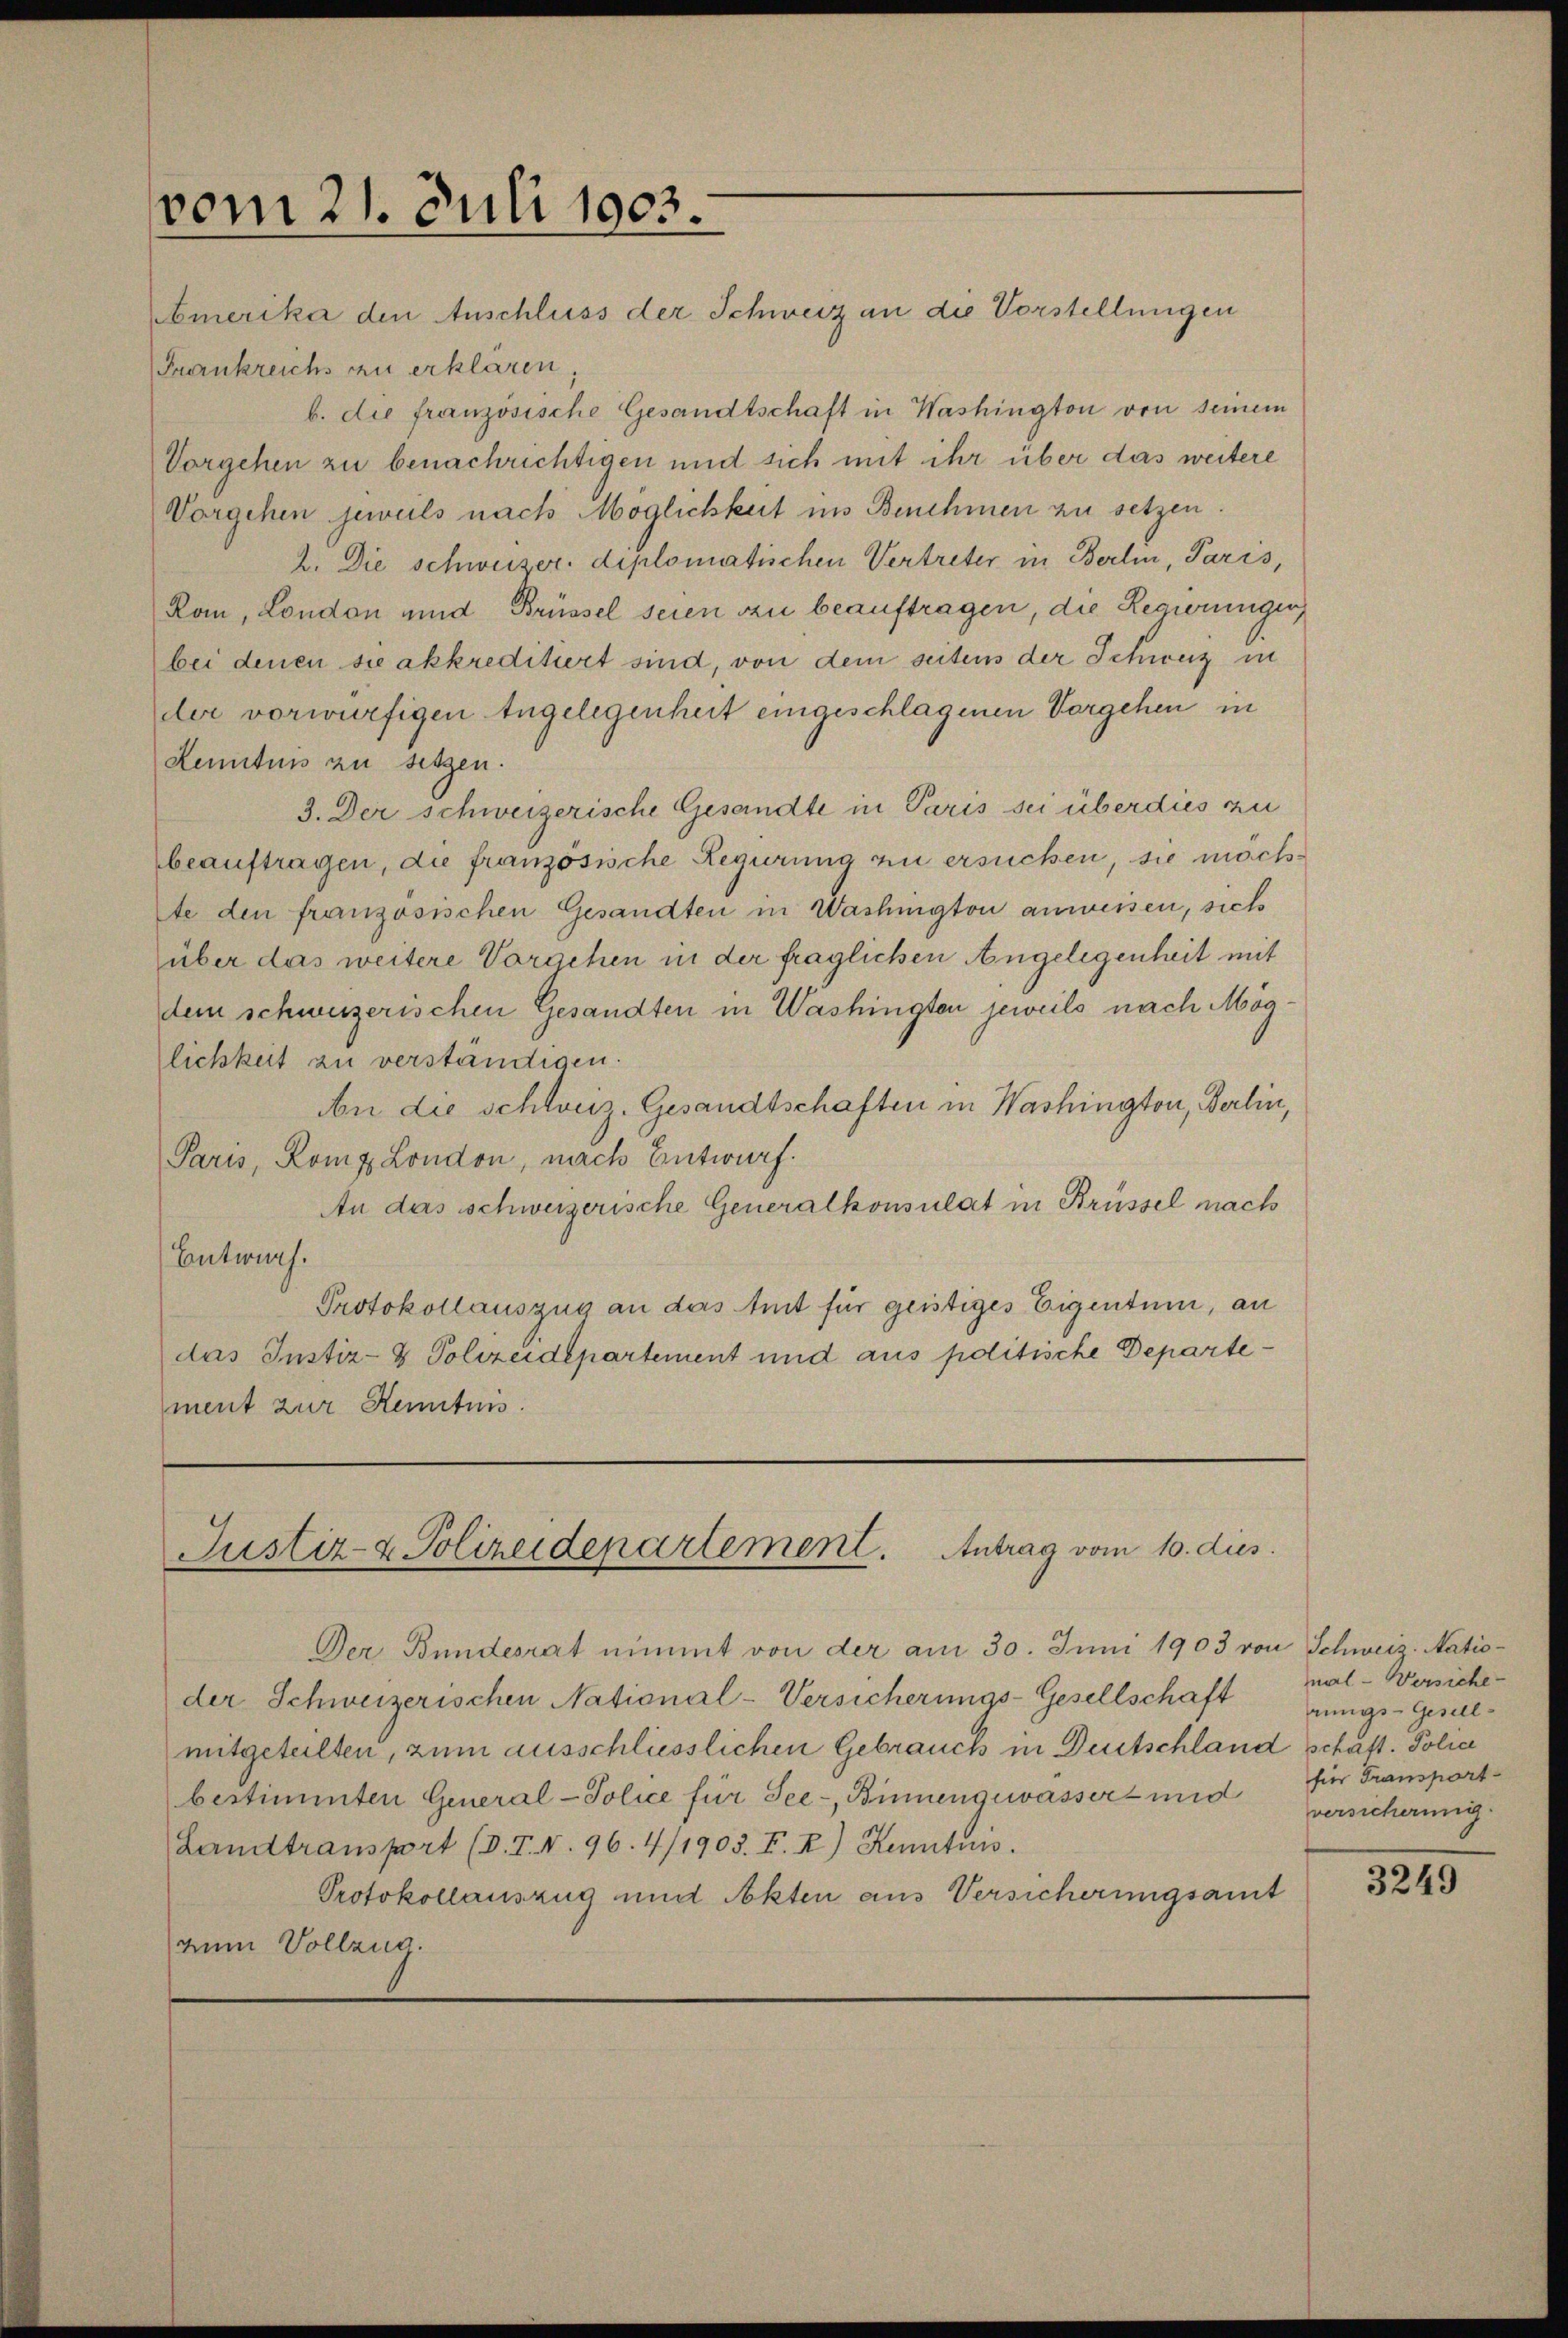
vom 21. Juli 1903.
“

Amerika den Anschluss der Schweiz an die Vorstellungen
Frankreichs zu erklären
b. die französische Gesandtschaft in Washington von seinem
Vorgehen zu benachrichtigen und sich mit ihr über das weitere
Vorgehen jeweils nach Möglichkeit ins Benehmen zu setzen:
2. Die schweizer. diplomatischen Vertreter in Berlin, Paris,
Ran, London und Brüssel seien zu beauftragen, die Regierungen
bei denen sie akkreditiert sind, von dem seitens der Schweiz in
der vorwürfigen Angelegenheit eingeschlagenen Vorgehen in
Kenntnis zu setzen.
3. Der schweizerische Gesandte in Paris sei überdies zu
beauftragen, die französische Regierung zu ersuchen, sie möchlte den französischen Gesandten in Washington anweisen, sich
über das weitere Vorgehen in der fraglichen Angelegenheit mit
dem schweizerischen Gesandten in Washingten jeweils nach Möglichkeit zu verständigen.
An die schweiz. Gesandtschaften in Washington, Berlin,
Paris, Romz London, nach Entwurf.
An das schweizerische Generalkonsulat in Brüssel nach
Entwurf.
Protokollauszug an das Amt für geistiges Eigentum, an
das Instiz- & Polizeidepartement und aus politische Departement zur Kenntnis.

Justiz- & Polizeidepartement. Antrag vom 10. dies

Der Bundesrat nimmt von der am 30. Juni 1903 von Schweiz. Natio-
der Schweizerischen National-Versicherungs-Gesellschaft
mitgeteilten, zum ausschliesslichen Gebrauch in Deutschland schaft. Polic
bestimmten General-Police für See-, Binnengewasser- und
(Landtransport (d. T. N. 96. 4/1903. F. I) Kenntun.
Protokollauszug und Akten aus Versicherungsamt
zum Vollzug.

nal-Versiche
rungs-Geselfier Transport-
versicherung.

3249